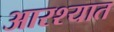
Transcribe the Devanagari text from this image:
आरश्यात